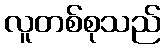
လူတစ်စုသည်